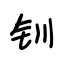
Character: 钏